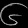
Digit: ၆